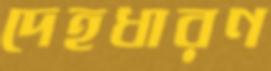
দেহধারণ